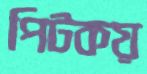
পিটকয়